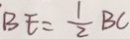
B E = \frac { 1 } { 2 } B C